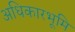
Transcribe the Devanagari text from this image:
अधिकारभूमि